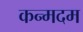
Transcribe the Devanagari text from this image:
कन्मदम